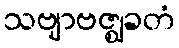
သဗျာဗဇ္ဈခတံ